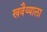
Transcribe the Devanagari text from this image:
खवैय्याला